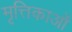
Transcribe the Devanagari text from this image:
मृत्तिकाओं